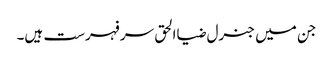
جن میں جنرل ضیاالحق سر فہرست ہیں۔